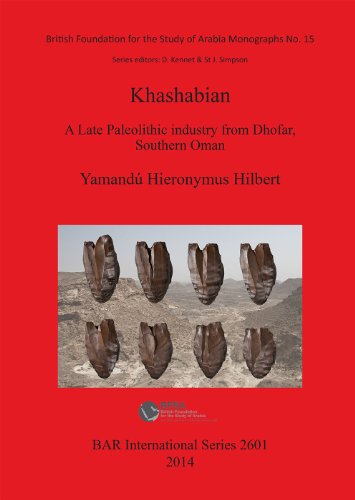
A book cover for Khashabian: A Late Paleolithic Industry from Dhofar Southern Oman (BAR International); Yamandu Hieronymus Hilbert; History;